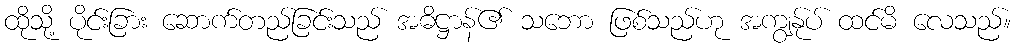
ထိုသို့ ပိုင်းခြား ဆောက်တည်ခြင်းသည် အဓိဋ္ဌာန်၏ သဘော ဖြစ်သည်ဟု အကျွန်ုပ် ထင်မိ လေသည်။